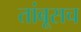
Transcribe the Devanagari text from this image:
तांबूसच